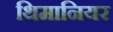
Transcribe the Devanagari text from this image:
थिमानियर